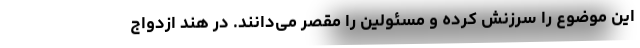
این موضوع را سرزنش کرده و مسئولین را مقصر می‌دانند. در هند ازدواج